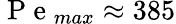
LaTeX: \mathrm{~P~e~}_{max}\approx 385